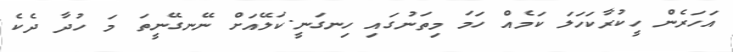
އަހަރެން ހީކުރާކަހަލަ ކަމެއް ހަމަ މިތަނުގައި ހިނގަނީ.ކަލޭއަށް ނޭނގޭނީތަ މަ ހުދާ ދެކެ